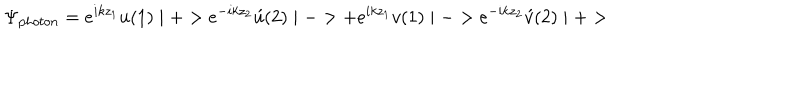
LaTeX: \Psi _ { p h o t o n } = e ^ { i k z _ { 1 } } u ( 1 ) \mid + > e ^ { - i k z _ { 2 } } \acute { u } ( 2 ) \mid - > + e ^ { i k z _ { 1 } } v ( 1 ) \mid - > e ^ { - i k z _ { 2 } } \acute { v } ( 2 ) \mid + >